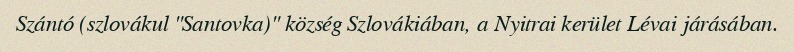
Szántó (szlovákul "Santovka)" község Szlovákiában, a Nyitrai kerület Lévai járásában.